Indian journal of veterinary science and animal husbandry - Volume 10,
Year: 1940
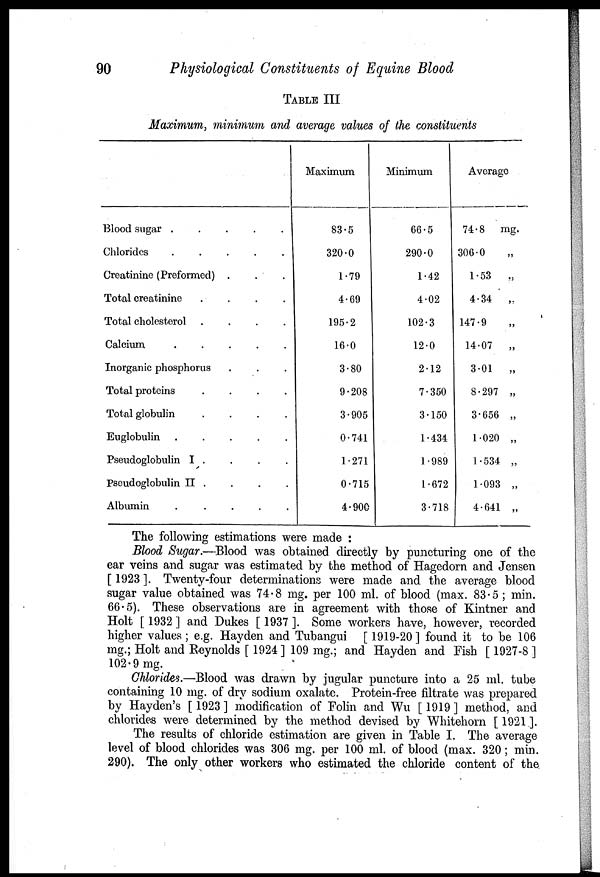
90
Physiological Constituents of Equine Blood
TABLE III
Maximum, minimum and average values of the constituents
Blood sugar
.....
Chlorides
.....
Creatinine (Preformed) .
Total creatinine
....
Total cholesterol
....
Calcium
.....
Inorganic phosphorus
Total proteins
....
Total globulin
....
Euglobulin
.....
Pseudoglobulin I .
Pscudoglobulin II .
Albumin
.....
Maximum
83.5
320.0
1.79
4.69
195.2
16.0
3.80
9.208
3.905
0.741
1.271
0.715
4.900
Minimum
66.5
290.0
1.42
4.02
102.3
12.0
2.12
7.350
3.150
1.434
1.989
1.672
3.718
Average
74.8
306.0
1.53
4.34
147.9
14.07
3.01
8.297
3.656
1.020
1.534
1.093
4.641
mg.
„
„
„
„
„
„
„
„
„
„
„
„
The following estimations were made :
Blood Sugar.—Blood was obtained directly by puncturing one of the
ear veins and sugar was estimated by the method of Hagedorn and Jensen
[ 1923 ]. Twenty.four determinations were made and the average blood
sugar value obtained was 74.8 mg. per 100 ml. of blood (max. 83.5 ; min.
66.5). These observations are in agreement with those of Kintner and
Holt [1932] and Dukes [1937]. Some workers have, however, recorded
higher values ; e.g. Hayden and Tubangui [ 1919-20 ] found it to be 106
mg.; Holt and Reynolds [ 1924 ] 109 mg.; and Hayden and Fish [ 1927-8 ]
102.9 mg.
Chlorides.—Blood was drawn by jugular puncture into a 25 ml. tube
containing 10 mg. of dry sodium oxalate. Protein-free filtrate was prepared
by Hayden's [1923] modification of Folin and Wu [1919] method, and
chlorides were determined by the method devised by Whitehorn [ 1921 ].
The results of chloride estimation are given in Table I. The average
level of blood chlorides was 306 mg. per 100 ml. of blood (max. 320 ; min.
290). The only other workers who estimated the chloride content of the